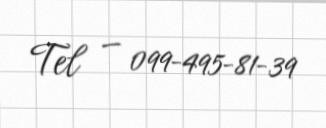
Tel — 099-495-81-39